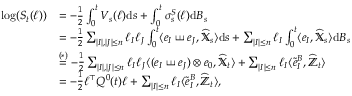
\begin{array} { r l } { \log ( S _ { t } ( \ell ) ) } & { = - \frac { 1 } { 2 } \int _ { 0 } ^ { t } V _ { s } ( \ell ) { \mathrm { d } } s + \int _ { 0 } ^ { t } \sigma _ { s } ^ { S } ( \ell ) { \mathrm { d } } B _ { s } } \\ & { = - \frac { 1 } { 2 } \sum _ { | I | , | J | \le n } \ell _ { I } \ell _ { J } \int _ { 0 } ^ { t } \langle e _ { I } \shuffle e _ { J } , \widehat { \mathbb { X } } _ { s } \rangle { \mathrm { d } } s + \sum _ { | I | \le n } \ell _ { I } \int _ { 0 } ^ { t } \langle e _ { I } , \widehat { \mathbb { X } } _ { s } \rangle \mathrm { d } B _ { s } } \\ & { \stackrel { ( \ast ) } = - \frac { 1 } { 2 } \sum _ { | I | , | J | \le n } \ell _ { I } \ell _ { J } \langle ( e _ { I } \shuffle e _ { J } ) \otimes e _ { 0 } , \widehat { \mathbb { X } } _ { t } \rangle + \sum _ { | I | \le n } \ell _ { I } \langle \tilde { e } _ { I } ^ { B } , \widehat { \mathbb { Z } } _ { t } \rangle } \\ & { = - \frac { 1 } { 2 } \ell ^ { \top } Q ^ { 0 } ( t ) \ell + \sum _ { | I | \le n } \ell _ { I } \langle \tilde { e } _ { I } ^ { B } , \widehat { \mathbb { Z } } _ { t } \rangle , } \end{array}